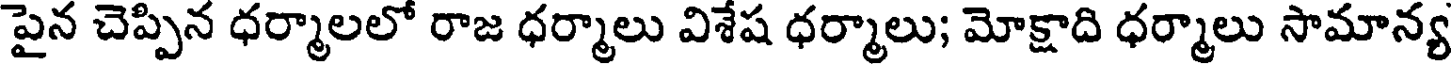
పైన చెప్పిన ధర్మాలలో రాజ ధర్మాలు విశేష ధర్మాలు; మోక్షాది ధర్మాలు సామాన్య